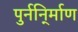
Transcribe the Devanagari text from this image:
पुर्ननि्र्माण